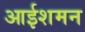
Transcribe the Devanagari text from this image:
आईशमन